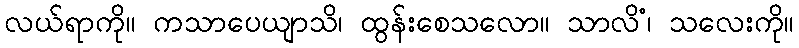
လယ်ရာကို။ ကသာပေယျာသိ၊ ထွန်းစေသလော။ သာလိံ၊ သလေးကို။